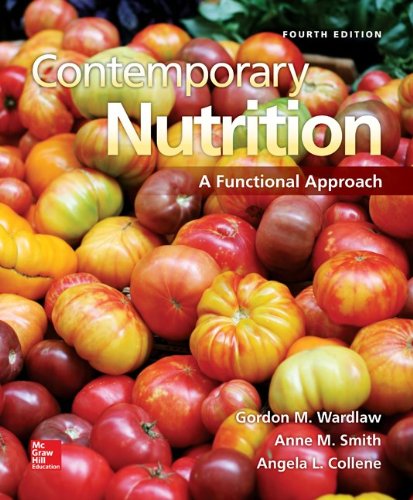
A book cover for Contemporary Nutrition: A Functional Approach; Gordon Wardlaw; Medical Books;